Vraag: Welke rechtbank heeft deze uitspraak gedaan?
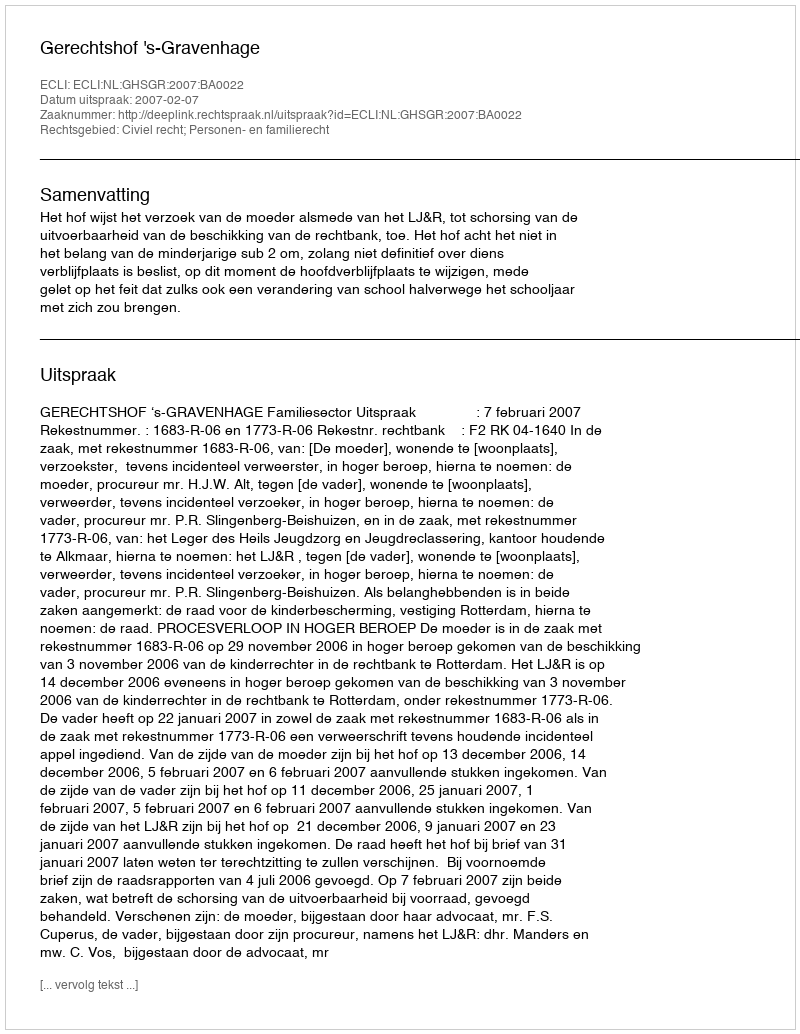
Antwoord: Gerechtshof 's-Gravenhage